Report on vaccination in Madras 1904-1921 - 1904-1921
Year: 1904
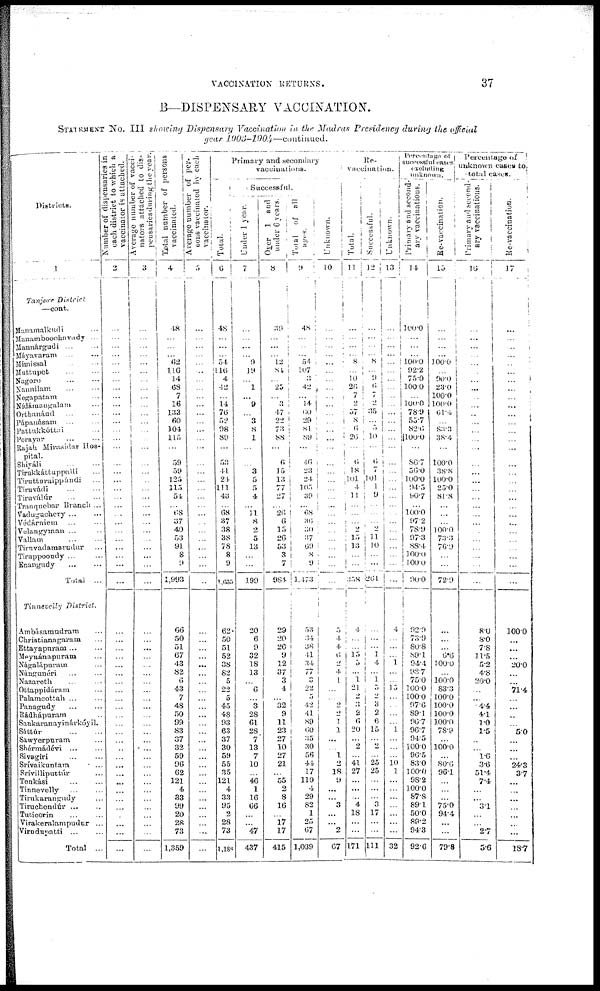
VACCINATION RETURNS.
37
B—DISPENSARY VACCINATION.
STATEMENT No. III showing Dispensary Vaccination in the Madras Presidency during the official
year
1903-1904—continued.
Districts.
1
Tanjore
District
—cont.
Manamalkudi...
Manamboochavady...
Mannárgudi...
...
Máyavaram...
...
Mimissal... ...
Muttupet... ...
Nagoro...
...
Nannilam... ...
Negapatam...
Nídámangalam...
Orthanáud...
...
Pápanásam... ...
Pattukkóttai...
Porayar... ...
Rajah Marasidar Hos-
pital.
Shiváli... ...
Tirukkáttuppalli...
Tirutturaippúndi...
Tiruvádi...
...
Tiruválúr...
...
Tranquebar Branch...
Vadugachery...
...
Védárniein... ...
Velangyman ...
Vallam... ...
Tirnvadamarudur...
Tiruppoondy ... ...
Enangudy... ...
Total...
Tinnevelly
District.
Ambásamudram...
Christianagaram...
Ettayapuram ...
Meyuánapuram...
Nagalápuram...
Nángunéri... ...
Nazareth... ...
Ottappidáramv...
Palamcottah ... ...
Panagudy... ...
Rádhápuram..
Sankaranayinárkóyil.
Sáttúr... ...
Sawyerpuram...
Shérmádévi ...
Sivagiri... ...
Srívaikuntam...
Srívilliputtúr...
Tenkási... ...
Tinnevelly... ...
Tirunkarangudy...
Tiruchondúr ...
Tuticorin... ...
Virakeralampudur...
Virudupatti... ...
Total...
Number of dispensaries in
each district to which a
vaccinator is attached.
2
...
...
...
...
...
...
...
...
...
...
...
...
...
...
...
...
...
...
...
...
...
...
...
...
...
...
...
...
...
...
...
...
...
...
...
...
...
...
...
...
...
...
...
...
...
...
...
...
...
...
...
...
...
...
Average number of vacci-
nators attached to dis-
pensaries during the year.
3
...
...
...
...
...
...
...
...
...
...
...
...
...
...
...
...
...
...
...
...
...
...
...
...
...
...
...
...
...
...
...
...
...
...
...
...
...
...
...
...
...
...
...
...
...
...
...
...
...
...
...
...
...
...
...
Total number of persons
vaccinated.
4
48
...
...
... 62
116
14
68
7
16
133
60
104
115
...
59
59
125
115
54
...
68
37
40
53
91
8
9
1,993
66
50
51
67
43
82
6
43
7
48
50
99
83
37
32
59
96
62
121
4
33
99
20
28
73
1,359
Average number of per-
sons vaccinated by each
vaccinator.
5
...
...
...
... ...
...
...
...
...
...
...
...
...
...
...
...
...
...
...
...
...
...
...
...
...
...
...
...
...
...
...
...
...
...
...
...
...
...
...
...
...
...
...
...
...
...
...
...
...
...
...
...
...
...
...
Primary and secondary
vaccinations.
Total.
6
48
...
...
... 54
116
4
42
...
14
76
52
98
89
...
53
44
24
111
43
...
68
37
38
38
78
8
9
1,035
62
50
51
52
38
82
5
22
5
45
48
93
63
37
30
59
55
35
121
4
33
95
2
28
73
l,188
Successful.
Under 1 year.
7
...
...
...
... 9
19
... 1
...
9
...
3
8
1
...
... 3
5
5
4
...
11
8
2
5
13
...
...
199
20
6
9
32
18
13
...
6
...
3
28
61
28
7
13
7
10
...
46
1
16
66
...
...
47
437
Over 1 and
under 6 years.
8
39
...
...
... 12
84
...
25
... 3
47
22
72
88
...
6
15
13
77
27
...
26
6
15
26
53
3
7
984
29
20
26
9
12
37
3
4
... 32
9
11
23
27
10
27
21
...
55
2
8
16
...
17
17
415
Total
of all
ages.
9
48
...
...
... 54
107
3
42
...
...
60
29
81
89
...
46
23
24
105
39
...
68
36
30
37
69
8
9
1,473
53
34
38
41
34
77
3
22
5
42
41
89
60
35
30
56
44
17
110
4
29
82
1
25
67
1,039
Unknown.
10
...
...
...
...
...
...
...
...
...
...
...
...
...
...
...
...
...
...
...
...
...
...
...
...
...
...
...
...
...
5
4
4
6
2
4
1
...
... 2
2
1
1
...
... 1
2
18
9
...
...
3
...
...
2
67
Re-
vaccination.
Total.
11
...
...
...
... 8
...
10
26
7
2
57
8
6
26
...
6
18
l0l
4
11
...
...
... 2
15
13
...
...
358
4
...
...
15
0
...
1
21
2
3
2
6
20
...
2
...
41
27
...
...
... 4
18
...
...
171
Successful.
12
...
...
...
...
8
...
9
6
7
2
35
...
5
10
...
6
7
101
1
9
...
...
...
2
11
10
...
...
261
...
...
... 1
4
... 1
5
2
3
2
6
15
...
2
...
25
25
...
...
... 3
17
...
...
111
Unknown.
13
...
...
...
...
...
...
...
...
..
...
...
...
... ...
...
...
...
...
...
...
...
...
...
...
...
...
...
...
...
4
...
...
...
1
...
... 15
...
...
...
... 1
...
...
...
10
1
...
...
...
...
...
...
...
32
Percentage or
successful cases
excluding
unknown.
Primary and second-
ary vaccinations.
14
100.0
...
...
... 100.0
92.2
75.0
100.0
... 100.0
78.9
55.7
82.6
100.0
...
86.7
56.0
100.0
94.5
90.7
...
100.0
97.2
78.9
97.3
88.4
100.0
100.0
90.0
92.9
73.9
80.8
89.1
94.4
98.7
75.0
100.0
100.0
97.6
89.1
96.7
96.7
94.5
100.0
96.5
83.0
100.0
98.2
100.0
87.8
89.1
50.0
89.2
94.3
92.6
Re-vaccination.
15
...
...
...
...
100.0
...
90.0
23.0
100.0
100.0
61.4
...
83.3
38.4
...
100.0
38.8
100.0
25.0
81.8
...
...
... 100.0
73.3
76.9
...
...
72.9
...
...
... 6.6
100.0
...
100.0
83.3
100.0
100.0
100.0
100.0
78.9
...
100.0
...
80.6
96.1
...
...
... 75.0
94.4
...
...
79.8
Percentage of
unknown cases to
total cases.
Primary and second-
ary vaccinations.
16
...
...
...
...
...
...
...
...
...
...
...
...
...
...
...
...
...
...
...
...
...
...
...
...
...
...
...
...
...
8.0
8.0
7.8
11.5
5.2
4.8
20.0
...
...
4.4
4.1
1.0
1.5
...
...
1.6
3.6
51.4
7.4
...
...
3.1
...
...
2.7
5.6
Re-vaccination.
17
...
...
...
...
...
...
...
...
...
...
...
...
...
...
...
...
...
...
...
...
...
...
...
...
...
...
...
...
...
100.0
...
...
...
20.0
...
...
71.4
...
...
...
...
5.0
...
...
...
24.3
3.7
...
...
...
...
...
...
...
18.7